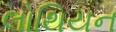
લોથિયન